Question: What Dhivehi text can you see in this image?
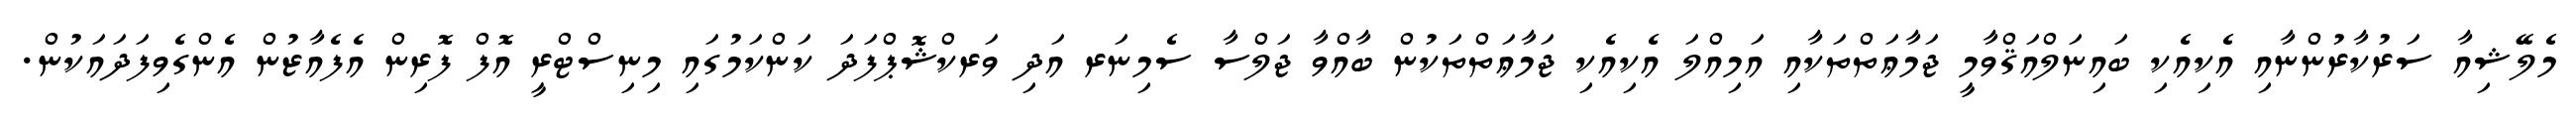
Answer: މެލޭޝިއާ ސަރުކާރުންނާއި އެކިއެކި ބައިނަލްއަޤްވާމީ ޖަމާޢަތްތަކާއި އަމިއްލަ އެކިއެކި ޖަމާޢަތްތަކުން ބާއްވާ ޖަލްސާ ސެމިނަރ އަދި ވަރކްޝޮޕްފަދަ ކަންކަމުގައި މިނިސްޓްރީ އޮފް ފޮރިން އެފެއާޒުން އެންގެވިފަދައަކުން.